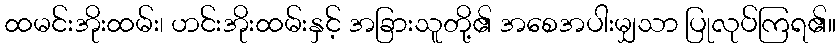
ထမင်းအိုးထမ်း၊ ဟင်းအိုးထမ်းနှင့် အခြားသူတို့၏ အစေအပါးမျှသာ ပြုလုပ်ကြရ၏။